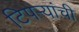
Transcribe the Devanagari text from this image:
टिपऱ्यांची